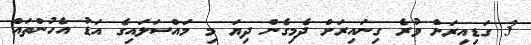
3 ގަޑިއިރަށް ވުރެ ގިނައިރަށް ދެމިގެން ދިޔަ މި މައްސަލައިގެ އަޑު އެހުންތައް